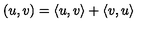
( u , v ) = \langle u , v \rangle + \langle v , u \rangle